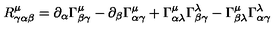
R _ { \gamma \alpha \beta } ^ { \mu } = \partial _ { \alpha } \Gamma _ { \beta \gamma } ^ { \mu } - \partial _ { \beta } \Gamma _ { \alpha \gamma } ^ { \mu } + \Gamma _ { \alpha \lambda } ^ { \mu } \Gamma _ { \beta \gamma } ^ { \lambda } - \Gamma _ { \beta \lambda } ^ { \mu } \Gamma _ { \alpha \gamma } ^ { \lambda }